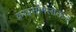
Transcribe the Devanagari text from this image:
क्राइसोमलाउज़ा